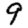
Digit: 9